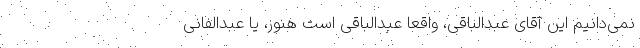
نمی‌دانیم این آقای عبدالباقی، واقعا عبدالباقی است هنوز، یا عبدالفانی